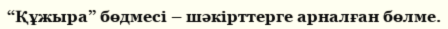
“Құжыра” бөдмесі – шәкірттерге арналған бөлме.